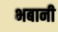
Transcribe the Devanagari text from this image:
भबानी